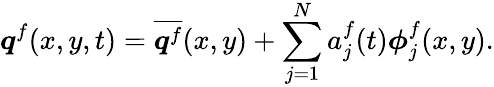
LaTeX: \boldsymbol{q}^{f}(x,y,t)=\overline{{\boldsymbol{q}^{f}}}(x,y)+\sum_{j=1}^{N}a_{j}^{f}(t)\boldsymbol{\phi}_{j}^{f}(x,y).